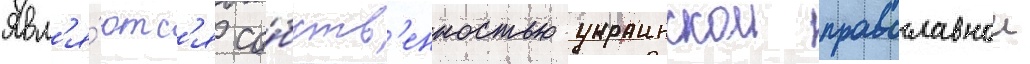
Явл'я́ютс'я со́бств'енностью украинскои православнои